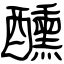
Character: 醺